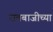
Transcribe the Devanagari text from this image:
रावबाजीच्या